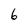
Character: 6